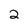
Character: 2